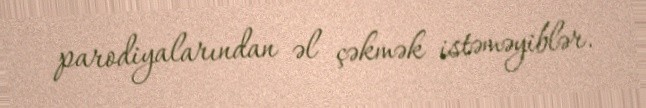
parodiyalarından əl çəkmək istəməyiblər.